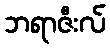
ဘရာဇီးလ်